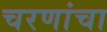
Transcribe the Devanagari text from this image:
चरणांचा